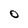
Character: O